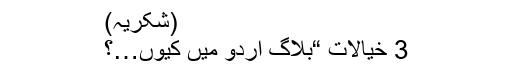
(شکریہ)
3 خیالات “بلاگ اردو میں کیوں…؟